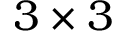
3 \times 3